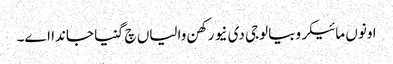
اونوں مائیکروبیالوجی دی نیو رکھن والیاں چ گنیا جاندا اے۔